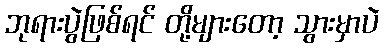
ဘုရားပွဲဖြစ်ရင် တို့များတော့ သွားမှာပဲ